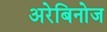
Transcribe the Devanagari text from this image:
अरेबिनोज